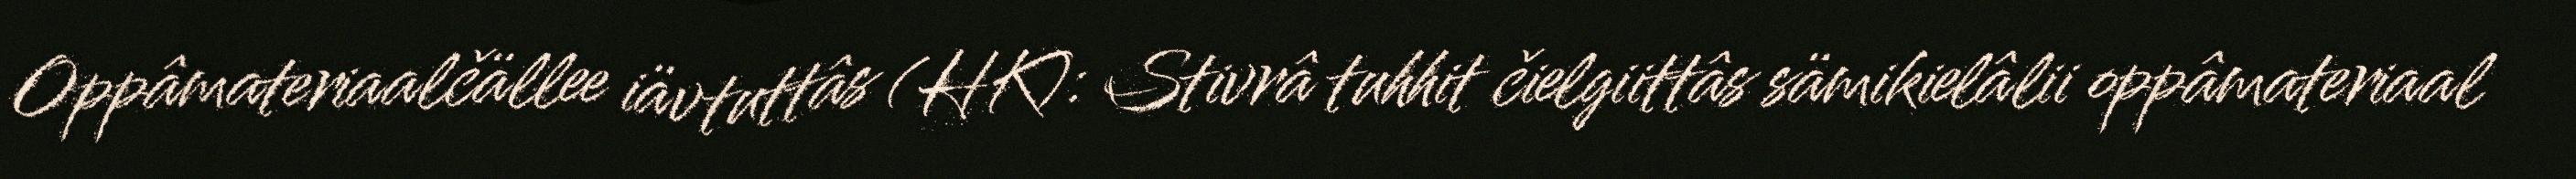
Oppâmateriaalčällee iävtuttâs (HK): Stivrâ tuhhit čielgiittâs sämikielâlii oppâmateriaal